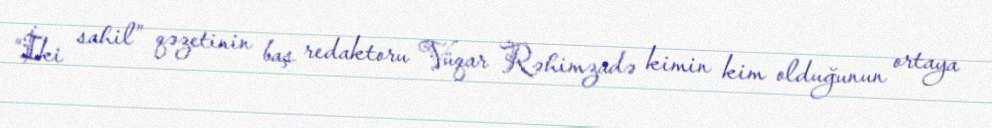
“İki sahil” qəzetinin baş redaktoru Vüqar Rəhimzadə kimin kim olduğunun ortaya